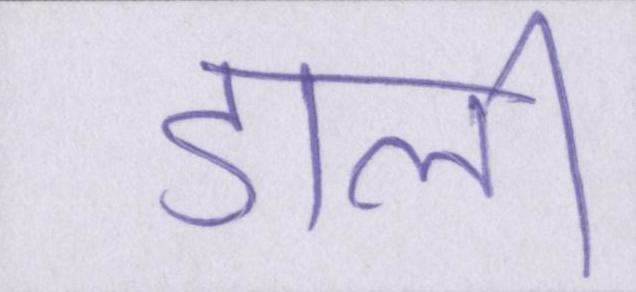
डाली